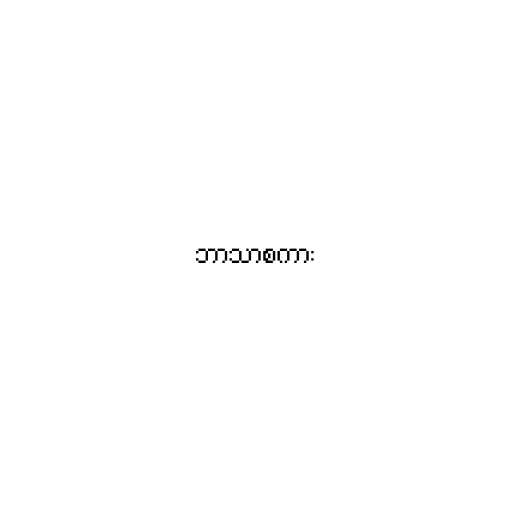
ဘာသာစကား